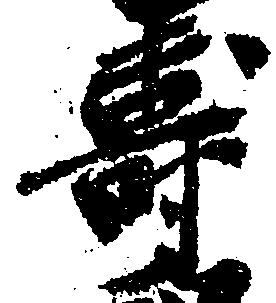
寿